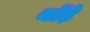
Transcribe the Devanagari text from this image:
थोंड़े